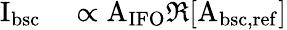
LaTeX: \begin{array}{rl}{\mathrm{I_{bsc}}}&{{}\propto\mathrm{A_{IFO}}\Re[\mathrm{A_{bsc,ref}}]}\end{array}